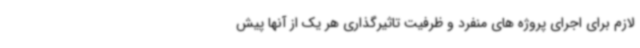
لازم برای اجرای پروژه های منفرد و ظرفیت تاثیرگذاری هر یک از آنها پیش